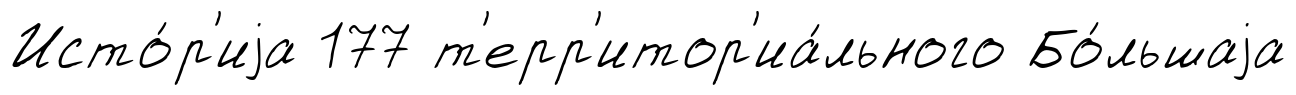
Исто́р'иjа 177 т'ерр'итор'иа́льного Бо́льшаjа